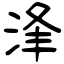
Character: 浲